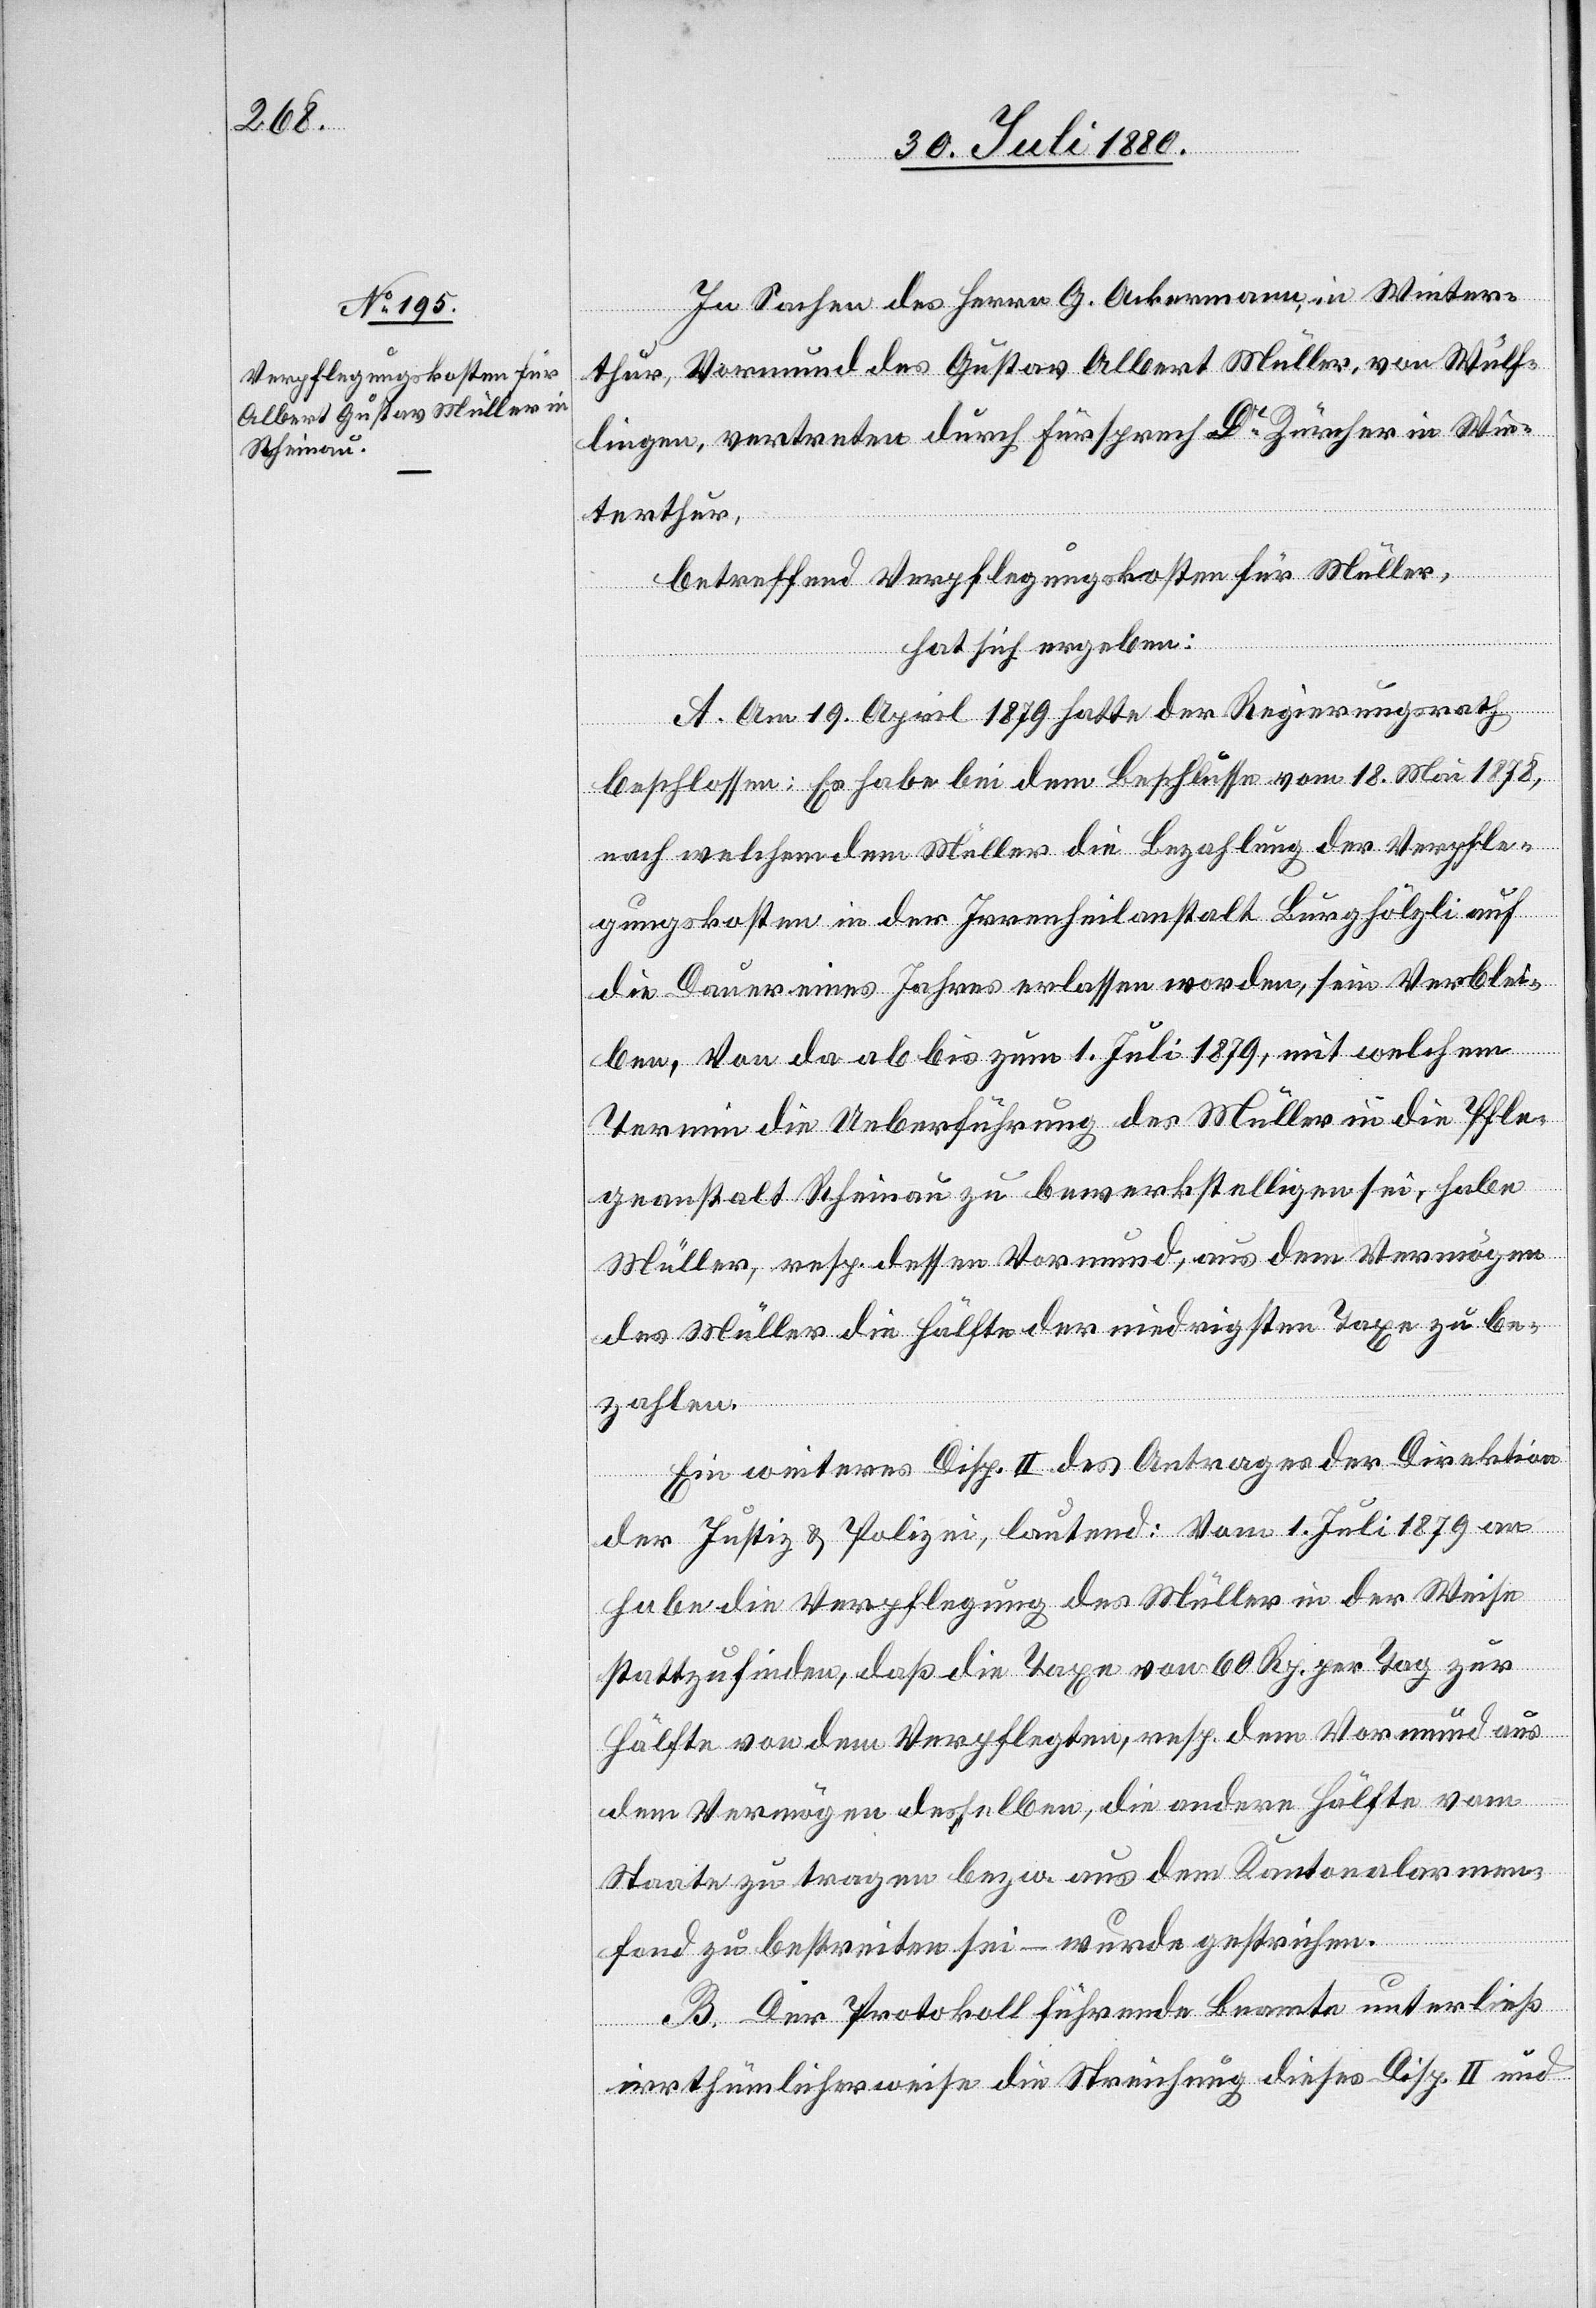
In Sachen des Herrn G. Ackermann, in Winter¬
thur, Vormund des Gustav Albert Müller, von Wülf¬
lingen, vertreten durch Fürsprech Dr Zürcher in Win¬
terthur,
betreffend Verpflegungskosten für Müller
hat sich ergeben:
A. Am 19. April 1879 hatte der Regierungsrath
beschlossen: Es habe bei dem Beschlusse vom 18. Mai 1878,
nach welchem der Müller die Bezahlung der Verpfle¬
gungskosten in der Irrenheilanstalt Burghölzli auf
die Dauer eines Jahres erlassen worden, sein Verblei¬
ben. Von da ab bis zum 1. Juli 1879, mit welchem
Termin die Ueberführung des Müller in die Pfle¬
geanstalt Rheinau zu bewerkstelligen sei, habe
Müller, resp. dessen Vormund, aus dem Vermögens
des Müller die Hälfte der niedrigsten Taxe zu be¬
zahlen.
Ein weiteres Disp. II des Antrages der Direktion
der Justiz & Polizei, lautend: Vom 1. Juli 1879 an
habe die Verpflegung des Müller in der Weise
stattzufinden, daß die Taxe von 60 Rp. per Tag zur
Hälfte von dem Verpflegten, resp. dem Vormund aus
dem Vermögen desselben, die andere Hälfte vom
Staate zu tragen bezw. aus dem Kantonalarmen¬
fond zu bestreiten sei – wurde gestrichen.
B. Der protokollführende Beamte unterließ
irrthümlicherweie die Streichung dieses Disp. II und